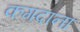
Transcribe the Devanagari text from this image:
कगदाना